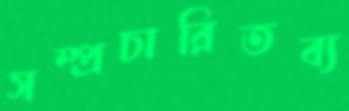
সম্প্রচারিতব্য